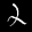
Label: 2